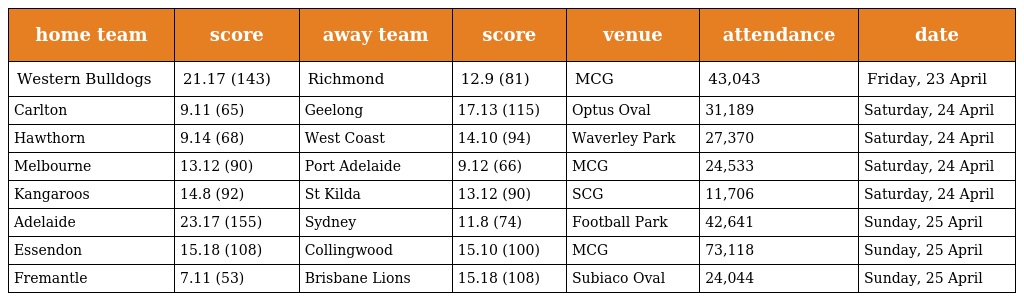
| home team | score | away team | score | venue | attendance | date |
 | --- | --- | --- | --- | --- | --- | --- |
 | Western Bulldogs | 21.17 (143) | Richmond | 12.9 (81) | MCG | 43,043 | Friday, 23 April |
 | Carlton | 9.11 (65) | Geelong | 17.13 (115) | Optus Oval | 31,189 | Saturday, 24 April |
 | Hawthorn | 9.14 (68) | West Coast | 14.10 (94) | Waverley Park | 27,370 | Saturday, 24 April |
 | Melbourne | 13.12 (90) | Port Adelaide | 9.12 (66) | MCG | 24,533 | Saturday, 24 April |
 | Kangaroos | 14.8 (92) | St Kilda | 13.12 (90) | SCG | 11,706 | Saturday, 24 April |
 | Adelaide | 23.17 (155) | Sydney | 11.8 (74) | Football Park | 42,641 | Sunday, 25 April |
 | Essendon | 15.18 (108) | Collingwood | 15.10 (100) | MCG | 73,118 | Sunday, 25 April |
 | Fremantle | 7.11 (53) | Brisbane Lions | 15.18 (108) | Subiaco Oval | 24,044 | Sunday, 25 April |